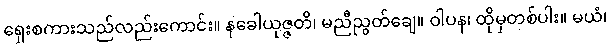
ရှေးစကားသည်လည်းကောင်း။ နခေါယုဇ္ဇတိ၊ မညီညွတ်ချေ။ ဝါပန၊ ထိုမှတစ်ပါး။ မယံ၊